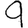
Digit: 9